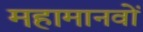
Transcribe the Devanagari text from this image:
महामानवों